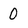
Character: 0